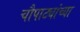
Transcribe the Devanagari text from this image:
चौपाट्यांच्या